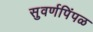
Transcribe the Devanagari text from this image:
सुवर्णपिंपळ